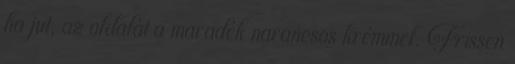
ha jut, az oldalát a maradék narancsos krémmel. Frissen